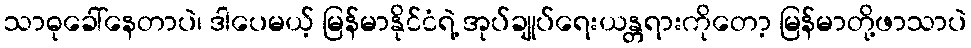
သာဓုခေါ်နေတာပဲ၊ ဒါပေမယ့် မြန်မာနိုင်ငံရဲ့ အုပ်ချုပ်ရေးယန္တရားကိုတော့ မြန်မာတို့ဖာသာပဲ